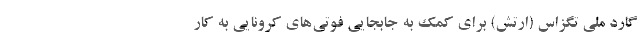
گارد ملی تگزاس (ارتش) برای کمک به جابجایی فوتی‌های کرونایی به کار